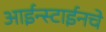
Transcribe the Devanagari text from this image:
आईन्स्टाईनचे